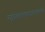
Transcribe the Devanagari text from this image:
रुद्रदेवताममुकगोत्रायामुकशर्मणे